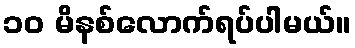
၁၀ မိနစ်လောက်ရပ်ပါမယ်။